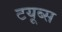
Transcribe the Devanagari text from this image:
टयूब्स